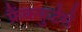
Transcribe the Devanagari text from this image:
फ्रैंकफुर्टर्स